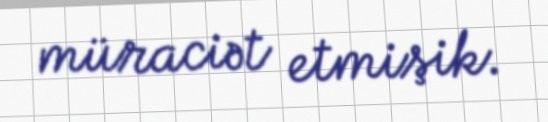
müraciət etmişik.